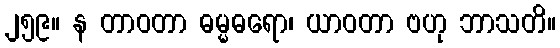
၂၅၉။ န တာဝတာ ဓမ္မဓရော၊ ယာဝတာ ဗဟု ဘာသတိ။